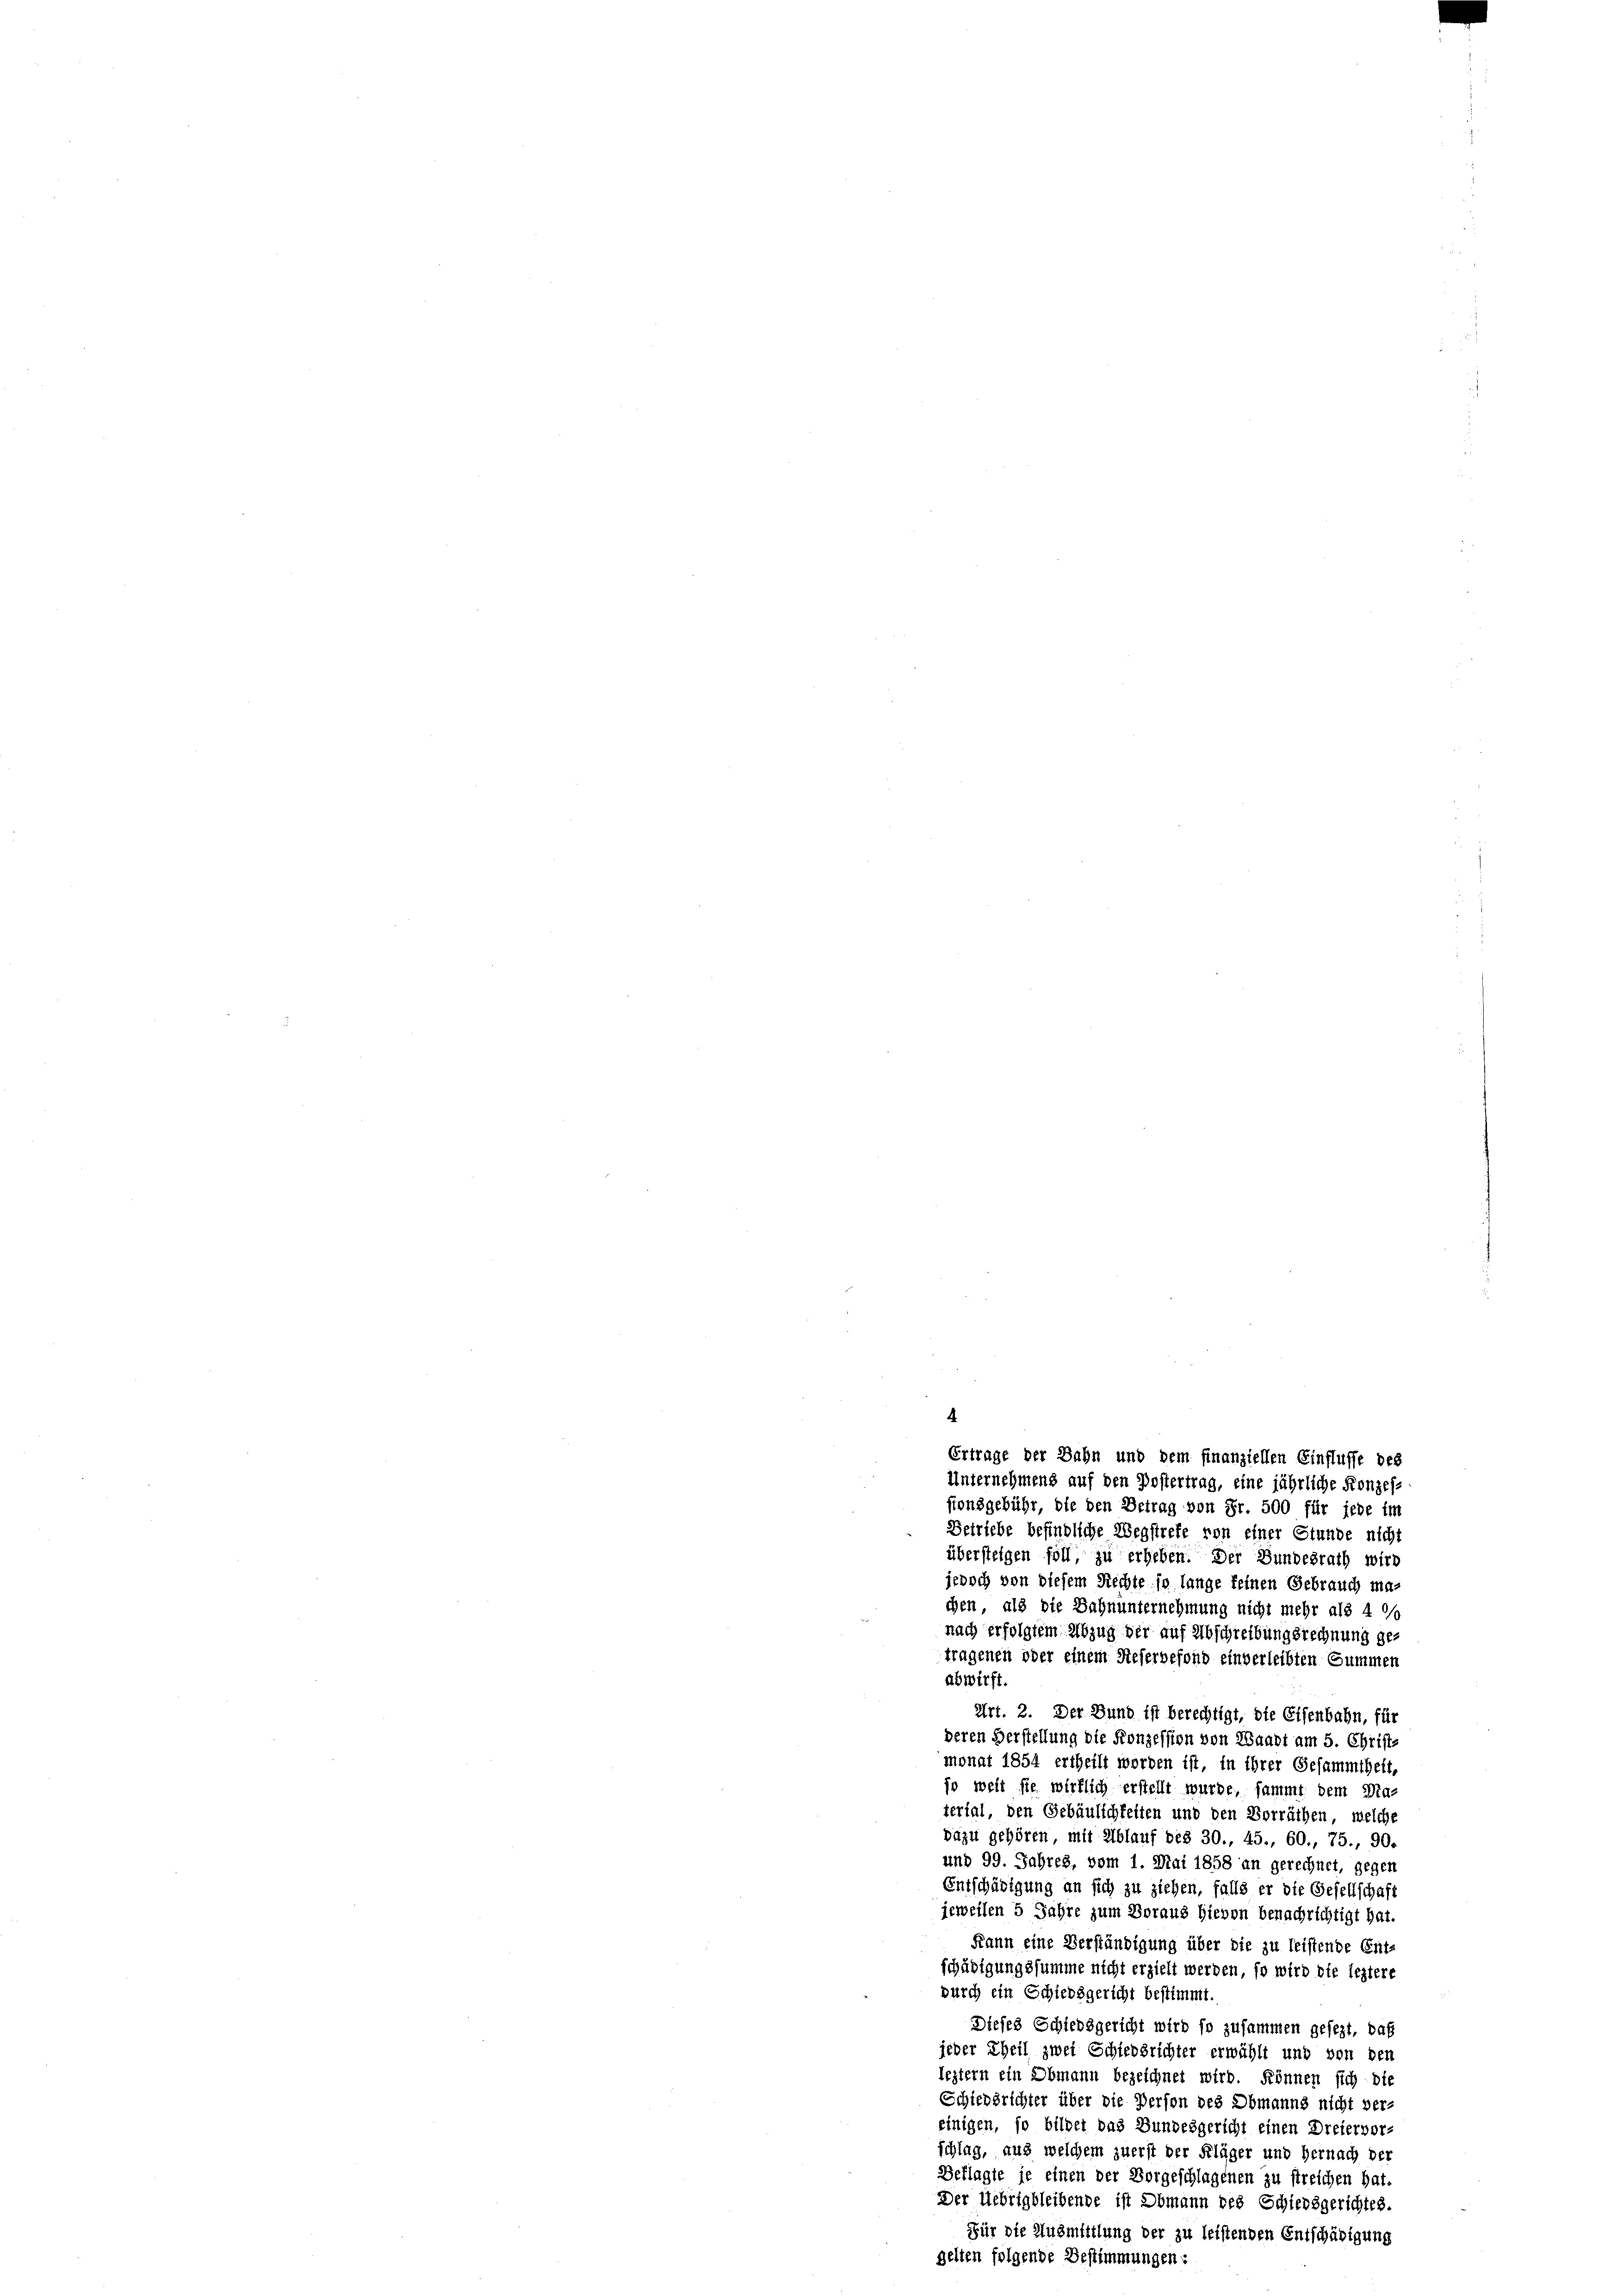
.

Ertrage der Bahn und dem finanziellen Einflüsse des
Unternehmens auf den Postertrag, eine jährliche Konzes-
sionsgebühr, die den Betrag von Fr. 500 für jede im
Betriebe befindliche Wegstrete von einer Stunde nicht
übersteigen soll, zu erheben. Der Bundesrath wird
jedoch von diesem Rechte so lange keinen Gebrauch machen, als die Bahnunternehmung nicht mehr als 4 00
nach erfolgtem Abzug der auf Abschreibungsrechnung getragenen oder einem Rieservefond einverleibten Summen
abwirft
Art. 2. Der Bund ist berechtigt, die Eisenbahn, für
deren Verstellung die Konzession von Waadt am 5. Christ-
monat 1854 ertheilt worden ist, in ihrer Gesammtheit,
jo weit sie wirklich erstellt wurde, sammt dem Ma-
terial, den Gebäulichkeiten und den Vorräthen, welche
Dazu gehören mit Ablauf des 30., 45., 60., 75., 90.
und 99. Jahres, vom 1. Mai 1858 an gerechnet, gegen
Entschädigung an sich zu ziehen, falls er die Gesellschaft
jeweilen 5 Jahre zum Voraus hievon benachrichtigt hat.
Kann eine Verständigung über die zu leistende Ent-
schädigungssumme nicht erzielt werden, so wird die leztere
durch ein Schiedsgericht bestimmt.
Dieses Schiedsgericht wird so zusammen gesezt, daß
jeder Theil zwei Schiedsrichter erwählt und von den
leztern ein Obmann bezeichnet wird. Können sich die
Schiedsrichter über die Person des Obmanns nicht ver-
einigen, so bildet das Bundesgericht einen Dreiervor-
schlag, aus welchem zuerst der Kläger und Hernach der
Beflagte je einen der Vorgeschlagenen zu streichen hat.
Der Uebrigbleibende ist Obmann des Schiedsgerichtes.
Für die Ausmittlung der zu leistenden Entschädigung
zelten folgende Bestimmungen: